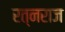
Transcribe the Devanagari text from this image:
रत्नराज